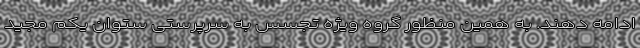
ادامه دهند. به همین منظور گروه ویژه تجسس به سرپرستی ستوان یکم مجید